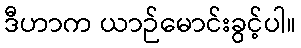
ဒီဟာက ယာဉ်မောင်းခွင့်ပါ။